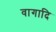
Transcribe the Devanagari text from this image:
वागादि